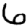
Digit: 6